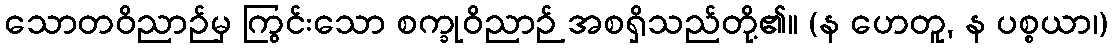
သောတဝိညာဉ်မှ ကြွင်းသော စက္ခုဝိညာဉ် အစရှိသည်တို့၏။ (န ဟေတူ, န ပစ္စယာ၊)